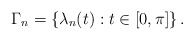
\begin{align*}\Gamma_{n}=\left\{ \lambda_{n}(t):t\in\lbrack0,\pi]\right\} .\end{align*}